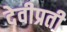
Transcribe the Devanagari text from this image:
देवीप्रती